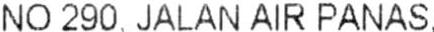
NO 290, JALAN AIR PANAS,